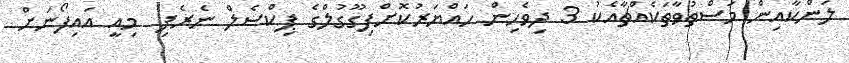
ލަންކާއިން މަސްތުވާތަކެއްޗާއެކު 3 ދިވެހިން ހައްޔަރުކޮށްފިގޫގުލްގެ ޕިކްސެލް ނެރެފި  މިއީ އައިފޯނަށް